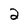
Character: 2